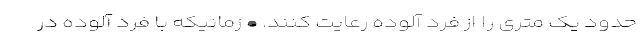
حدود یک متری را از فرد آلوده رعایت کنند. • زمانیکه با فرد آلوده در